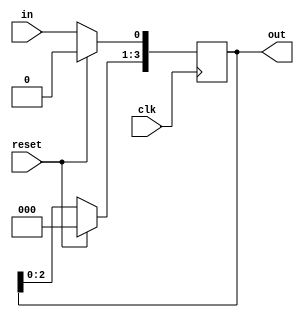
module shift_reg_4bits(clk, reset, in, out);
	input clk, reset, in;
	output reg[3:0] out = 4'b0;

	always @ (posedge clk) 
	begin
		if (reset) out = 4'b0; // 
		else 
		begin
			out <= out<<1; // ()
			out[0] <= in; // 
		end
	end
endmodule